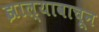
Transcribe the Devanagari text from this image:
झाल्यावाचून